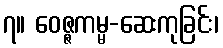
၇။ ဝေဇ္ဇကမ္မ-ဆေးကုခြင်း၊